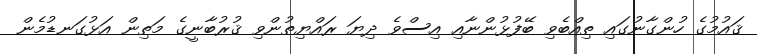
ޤައުމުގެ ހުންގާނުގައި ތިއްބެވި ބޭފުޅުންނާއި އިސްވެ ދިޔަ ރައްޔިތުންވި ޤުރުބާނީގެ މަތިން އަޅުގަނޑުމެން